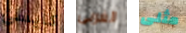
كايسى الغربى مثلى